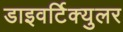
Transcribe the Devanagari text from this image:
डाइवर्टिक्युलर